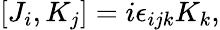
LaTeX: [J_{i},K_{j}]=i\epsilon_{ijk}K_{k},